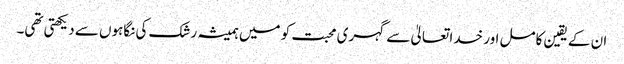
ان کے یقین کامل اور خدا تعالیٰ سے گہری محبت کو میں ہمیشہ رشک کی نگاہوں سے دیکھتی تھی۔